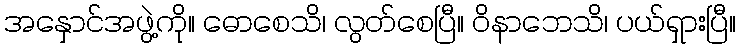
အနှောင်အဖွဲ့ကို။ ဓောစေသိ၊ လွတ်စေပြီ။ ဝိနာဘေသိ၊ ပယ်ရှားပြီ။